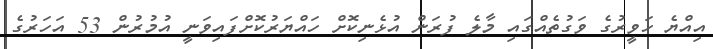
އިއްޔެ ހަވީރުގެ ވަގުތެއްގައި މާލެ ފުރަން އުޅެނިކޮށް ހައްޔަރުކޮށްފައިވަނީ އުމުރުން 53 އަހަރުގެ